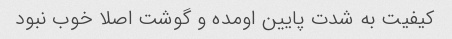
کیفیت به شدت پایین اومده و گوشت اصلا خوب نبود